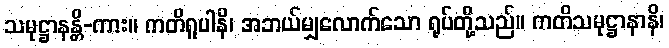
သမုဋ္ဌာနန္တိ-ကား။ ကတိရူပါနိ၊ အဘယ်မျှလောက်သော ရုပ်တို့သည်။ ကတိသမုဋ္ဌာနာနိ၊